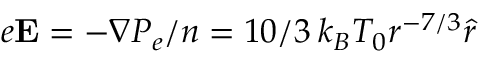
e \mathbf { E } = - \nabla P _ { e } / n = 1 0 / 3 \: k _ { B } T _ { 0 } r ^ { - 7 / 3 } \hat { r }